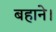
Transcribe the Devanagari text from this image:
बहाने।